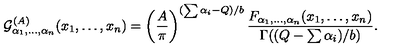
{ \cal G } _ { \alpha _ { 1 } , \ldots , \alpha _ { n } } ^ { ( A ) } ( x _ { 1 } , \ldots , x _ { n } ) = \left( { \frac { A } { \pi } } \right) ^ { ( \sum \alpha _ { i } - Q ) / b } { \frac { F _ { \alpha _ { 1 } , \ldots , \alpha _ { n } } ( x _ { 1 } , \ldots , x _ { n } ) } { \Gamma ( ( Q - \sum \alpha _ { i } ) / b ) } } .